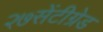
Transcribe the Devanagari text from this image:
२७सेंटीग्रेड